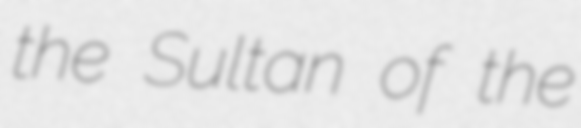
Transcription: the Sultan of the